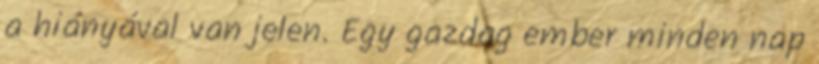
a hiányával van jelen. Egy gazdag ember minden nap